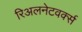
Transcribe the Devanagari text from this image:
रिअलनेटवर्क्स